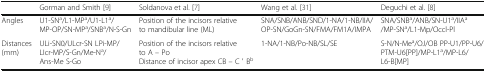
<table><thead><tr><td></td><td><b>Gorman and Smith [9]</b></td><td><b>Soldanova et al. [7]</b></td><td><b>Wang et al. [31]</b></td><td><b>Deguchi et al. [8]</b></td></tr></thead><tbody><tr><td>Angles</td><td>U1-SN<sup>a</sup>/L1-MP<sup>a</sup>/U1-L1<sup>a</sup>/MP-OP/SN-MP<sup>a</sup>/SNB<sup>a</sup>/N-S-Gn</td><td>Position of the incisors relative to mandibular line (ML)</td><td>SNA/SNB/ANB/SND/1-NA/1-NB/IIA/OP-SN/GoGn-SN/FMA/FM1A/IMPA</td><td>SNA/SNB<sup>a</sup>/ANB/SN-U1<sup>a</sup>/IIA<sup>a</sup>/MP-SN<sup>a</sup>/L1-Mp/Occl-Pl</td></tr><tr><td>Distances (mm)</td><td>ULi-SN0/ULcr-SN LPi-MP/LIcr-MP/S-Gn/Me-N<sup>a</sup>/Ans-Me S-Go</td><td>Position of the incisors relative to A – PoDistance of incisor apex CB – C ′ B<sup>b</sup></td><td>1-NA/1-NB/Po-NB/SL/SE</td><td>S-N/N-Me<sup>a</sup>/OJ/OB PP-U1/PP-U6/PTM-U6[PP]/MP-L1<sup>a</sup>/MP-L6/L6-B[MP]</td></tr></tbody></table>